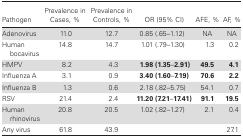
| Pathogen | Prevalence in Cases, % | Prevalence in Controls, % | OR (95% CI) | AFE, % | AF, % |
 | --- | --- | --- | --- | --- | --- |
 | Adenovirus | 11.0 | 12.7 | 0.85 (.65–1.12) | NA | NA |
 | Human bocavirus | 14.8 | 14.7 | 1.01 (.79–1.30) | 1.3 | 0.2 |
 | HMPV | 8.2 | 4.3 | 1.98 (1.35–2.91) | 49.5 | 4.1 |
 | Influenza A | 3.1 | 0.9 | 3.40 (1.60–7.19) | 70.6 | 2.2 |
 | Influenza B | 1.3 | 0.6 | 2.18 (.82–5.75) | 54.1 | 0.7 |
 | RSV | 21.4 | 2.4 | 11.20 (7.21–17.41) | 91.1 | 19.5 |
 | Human rhinovirus | 20.8 | 20.5 | 1.02 (.82–1.27) | 2.1 | 0.4 |
 | Any virus | 61.8 | 43.9 |  |  | 27.1 |